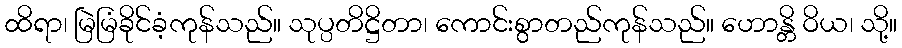
ထိရာ၊ မြဲမြံခိုင်ခံ့ကုန်သည်။ သုပ္ပတိဋ္ဌိတာ၊ ကောင်းစွာတည်ကုန်သည်။ ဟောန္တိ ဝိယ၊ သို့။